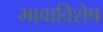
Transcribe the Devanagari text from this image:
भावाविशेष